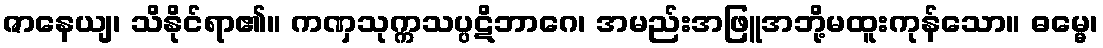
ဇာနေယျ၊ သိနိုင်ရာ၏။ ကဏှသုက္ကသပ္ပဋိဘာဂေ၊ အမည်းအဖြူအဘို့မထူးကုန်သော။ ဓမ္မေ၊